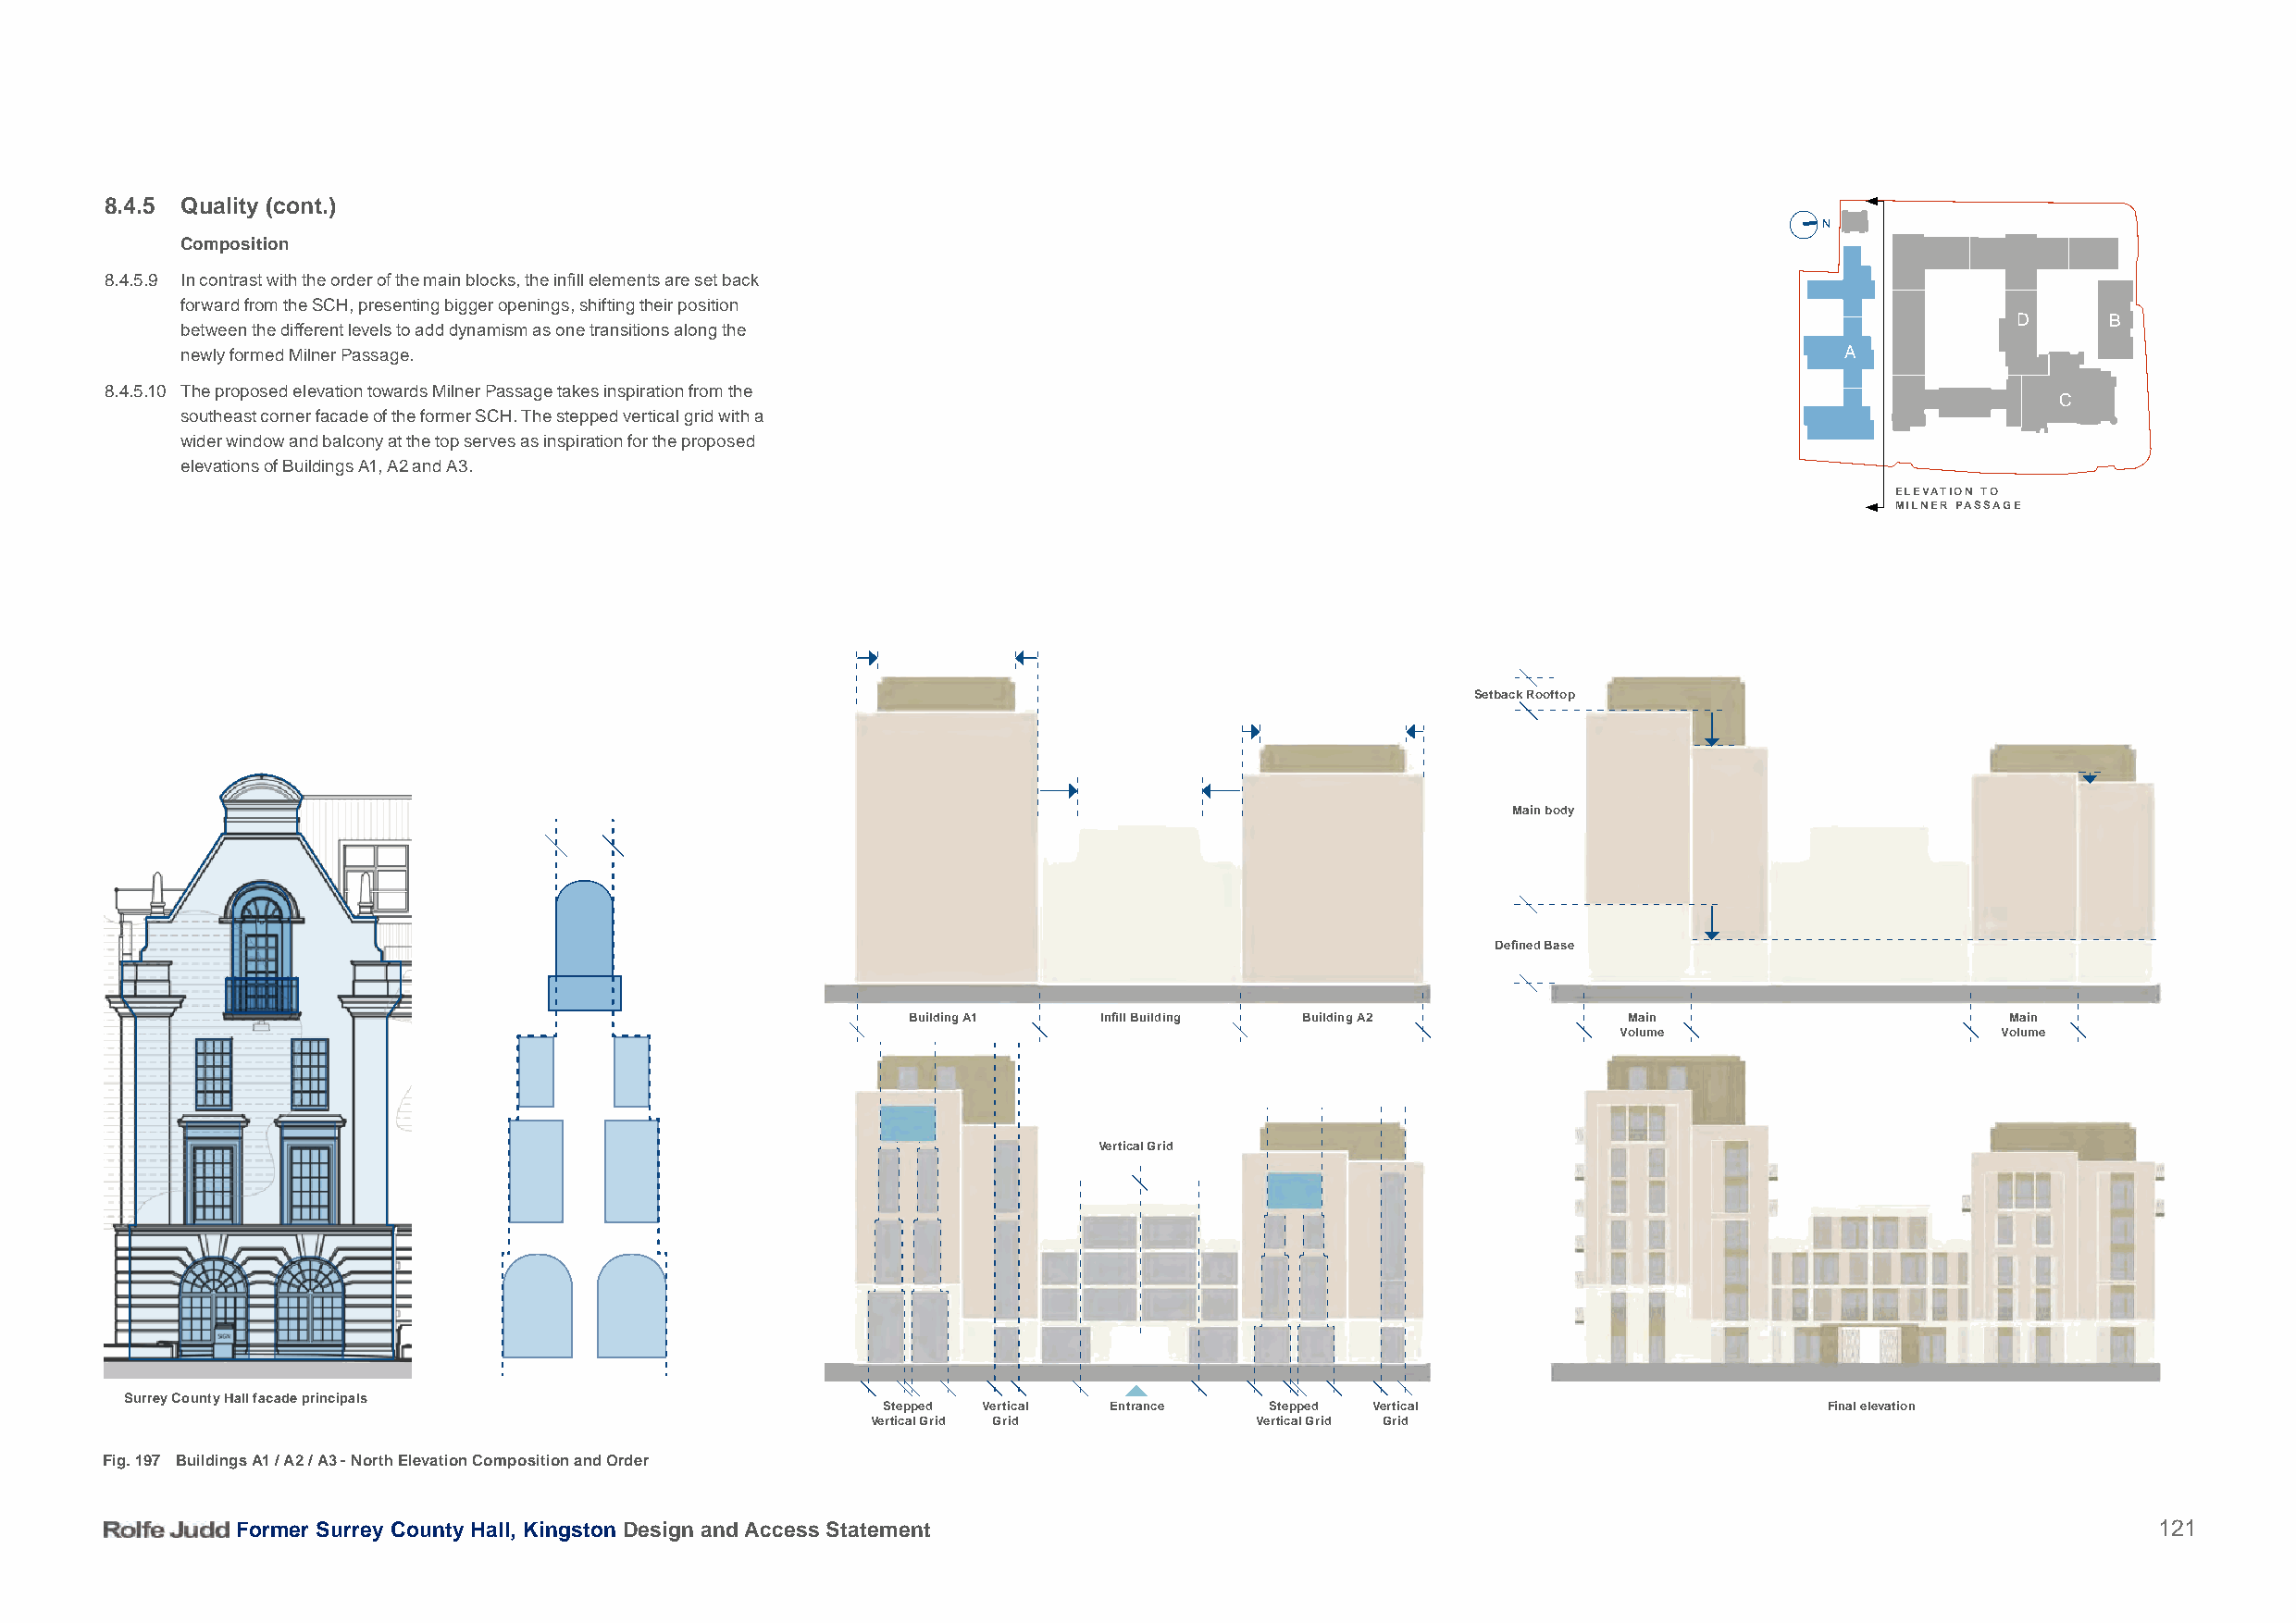
8.4.5 Quality (cont.)
 N
 Composition
 8.4.5.9 In contrast with the order of the main blocks, the infill elements are set back
 forward from the SCH, presenting bigger openings, shifting their position
 D      B
 between the different levels to add dynamism as one transitions along the
 newly formed Milner Passage.                                                                                           A
 8.4.5.10 The proposed elevation towards Milner Passage takes inspiration from the
 C
 southeast corner facade of the former SCH. The stepped vertical grid with a
 wider window and balcony at the top serves as inspiration for the proposed
 elevations of Buildings A1, A2 and A3.
 ELEVATION TO
 MILNER PASSAGE
 Setback Rooftop
 Main body
 Defined Base
 Building A1   Infill Building Building A2          Main                        Main
 Volume                     Volume
 Vertical Grid
 Surrey County Hall facade principals
 Stepped Vertical Entrance   Stepped Vertical                        Final elevation
 Vertical Grid Grid          Vertical Grid Grid
 Fig. 197 Buildings A1 / A2 / A3 - North Elevation Composition and Order
 Former Surrey County Hall, Kingston Design and Access Statement                                                                          121